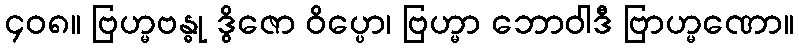
၄၀၈။ ဗြဟ္မဗန္ဓု ဒွိဇော ဝိပ္ပော၊ ဗြဟ္မာ ဘောဝါဒီ ဗြာဟ္မဏော။